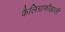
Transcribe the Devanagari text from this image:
कैलिग्राफीझाली